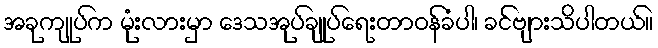
အခုကျုပ်က မုံးလားမှာ ဒေသအုပ်ချုပ်ရေးတာဝန်ခံပါ၊ ခင်ဗျားသိပါတယ်။